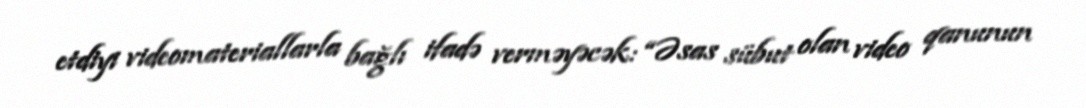
etdiyi videomateriallarla bağlı ifadə verməyəcək: “Əsas sübut olan video qanunun